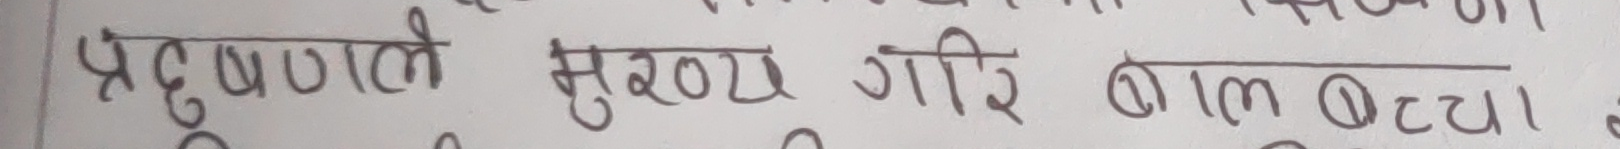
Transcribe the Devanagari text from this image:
प्रदुषणले मुख्य गरि बाल बटुवा